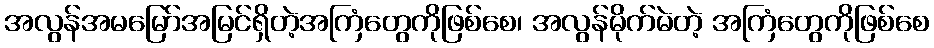
အလွန်အမမြော်အမြင်ရှိတဲ့အကြံတွေကိုဖြစ်စေ၊ အလွန်မိုက်မဲတဲ့ အကြံတွေကိုဖြစ်စေ